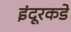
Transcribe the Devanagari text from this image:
इंदूरकडे